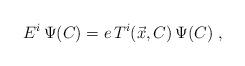
LaTeX: \begin{align*}E^{i}\,\Psi (C)=e\,T^{i}(\vec{x},C)\,\Psi (C)\;,\end{align*}